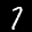
Label: 7